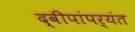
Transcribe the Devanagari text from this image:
द्वीपांपर्यंत